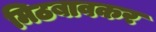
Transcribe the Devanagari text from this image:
मिठबावकर